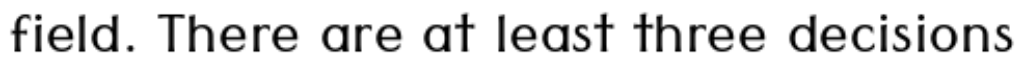
field. There are at least three decisions